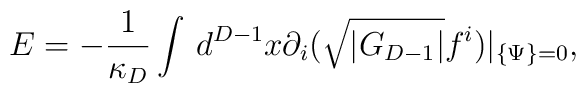
E=-\frac{1}{\kappa_D}\int\,d^{D-1} x \partial_i (\sqrt{|G_{D-1}|}f^i )|_{\{\Psi\}=0},